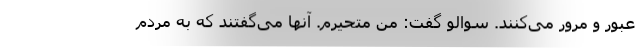
عبور و مرور می‌کنند. سوالو گفت: من متحیرم. آنها می‌گفتند که به مردم